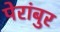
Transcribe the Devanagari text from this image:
पेरांबुर